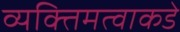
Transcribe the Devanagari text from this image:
व्यक्तिमत्वाकडे